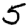
Digit: 5